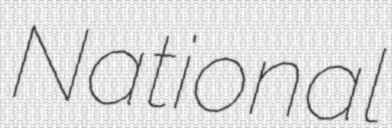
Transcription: National